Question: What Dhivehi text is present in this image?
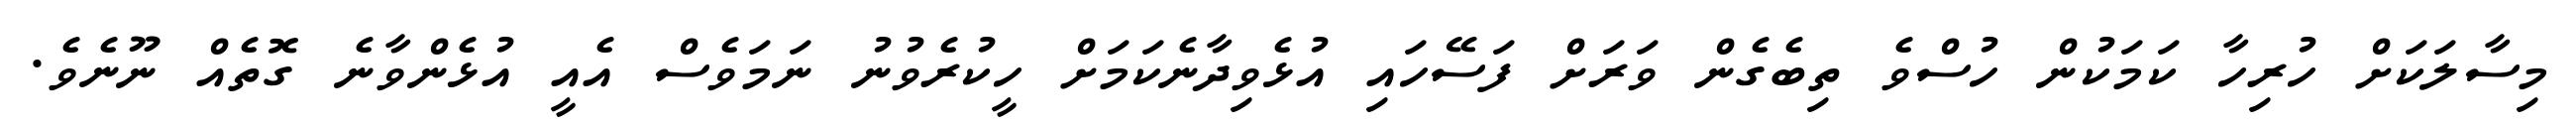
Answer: މިސާލަކަށް ހުރިހާ ކަމަކުން ހުސްވެ ތިބެގެން ވަރަށް ފަސޭހައި އުޅެވިދާނެކަމަށް ހީކުރެވުނު ނަމަވެސް އެއީ އުޅެންވާނެ ގޮތެއް ނޫނެވެ.